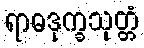
ရာဓဒုက္ခသုတ္တံ